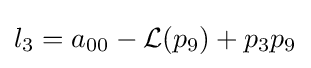
l_{3}=a_{00}-{\mathcal {L}}(p_{9})+p_{3}p_{9}